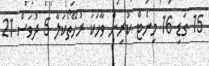
15 ގަޑި 16 މިނެޓް ކުރިން ވާހަކަ ރުހޭތޯކަލާ 5 ދުވަސް 21